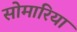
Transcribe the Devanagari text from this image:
सोमारिया